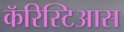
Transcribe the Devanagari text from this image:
कॅरिस्टिआस